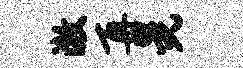
澈再晃